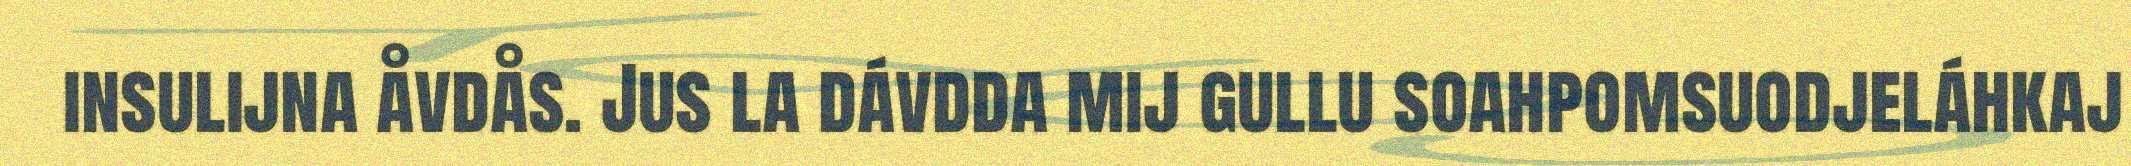
insulijna åvdås. Jus la dávdda mij gullu soahpomsuodjeláhkaj